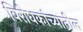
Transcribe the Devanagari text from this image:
विरोधकांच्यातील